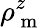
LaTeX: \rho_{\mathrm{~m~}}^{z}